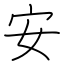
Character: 安